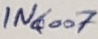
Text: IN6007